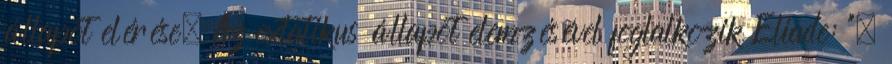
állapot elérése. Az extatikus állapot elemzésével foglalkozik Eliade: ".